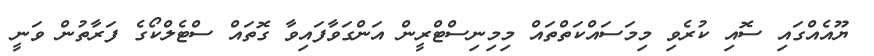
ޔޫއެއްގައި ސޮއި ކުރެވި މިމަސައްކަތްތައް މިމިނިސްޓްރީން އަންގަވާފައިވާ ގޮތައް ސްޓެލްކޯގެ ފަރާތުން ވަނީ